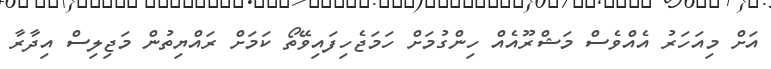
އަށް މިއަހަރު އެއްވެސް މަޝްރޫއެއް ހިންގުމަށް ހަމަޖެހިފައިވޭތޯ ކަމަށް ރައްޔިތުން މަޖިލިސް އިދާރާ